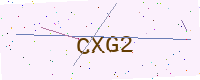
Text: CXG2